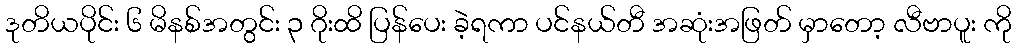
ဒုတိယပိုင်း ၆ မိနစ်အတွင်း ၃ ဂိုးထိ ပြန်ပေး ခဲ့ရကာ ပင်နယ်တီ အဆုံးအဖြတ် မှာတော့ လီဗာပူး ကို